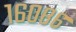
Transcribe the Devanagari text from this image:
१६०८६